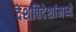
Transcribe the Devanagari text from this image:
देशविदेशांमध्ये